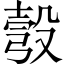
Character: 彀